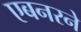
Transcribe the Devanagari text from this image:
एबनरने